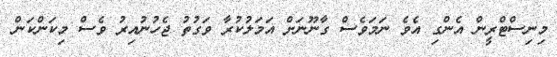
މިނިސްޓްރީން އެންގި އެވެ ނަމަވެސް ގާނޫނަށް އަމަލުކުރާ ވަގުތު ޖެހުނުއިރު ވެސް މިކަންކަން